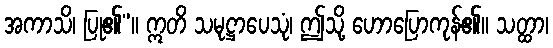
အကာသိ၊ ပြု၏”။ ဣတိ သမုဋ္ဌာပေသုံ၊ ဤသို့ ဟောပြောကုန်၏။ သတ္ထာ၊